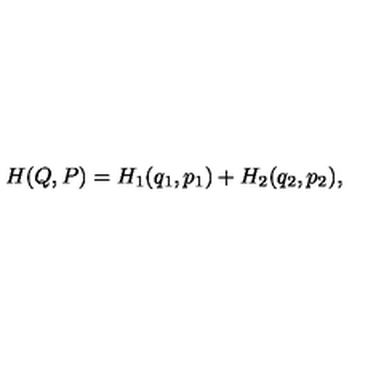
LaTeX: H ( Q , P ) = H _ { 1 } ( q _ { 1 } , p _ { 1 } ) + H _ { 2 } ( q _ { 2 } , p _ { 2 } ) ,